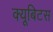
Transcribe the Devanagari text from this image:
क्यूबिटस